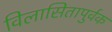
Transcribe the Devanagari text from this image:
विलासितापुर्वक